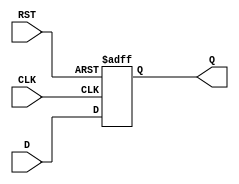
module IntermediateRegister #(parameter WIDTH = 8) (
    input  wire [WIDTH-1:0] D,     // Data input
    input  wire CLK,                // Clock input
    input  wire RST,                // Asynchronous reset
    output reg  [WIDTH-1:0] Q       // Data output
);

    // Asynchronous reset and data capture on the rising edge of the clock
    always @(posedge CLK or posedge RST) begin
        if (RST) begin
            Q <= {WIDTH{1'b0}};       // Clear output to zero
        end else begin
            Q <= D;                  // Capture input data on clock edge
        end
    end

endmodule